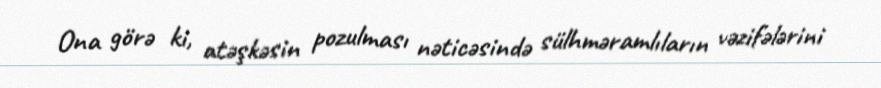
Ona görə ki, atəşkəsin pozulması nəticəsində sülhməramlıların vəzifələrini